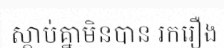
ស្តាប់គ្នាមិនបាន រករឿង